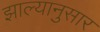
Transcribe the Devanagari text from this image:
झाल्यानुसार